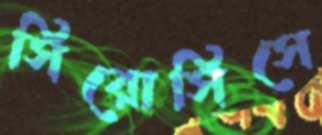
সিরোসিসে